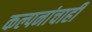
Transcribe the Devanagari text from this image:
कल्पनांचाही